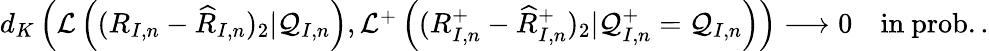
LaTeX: \begin{array}{r}{d_{K}\left(\mathcal{L}\left((R_{I,n}-\widehat{R}_{I,n})_{2}|\mathcal{Q}_{I,n}\right),\mathcal{L}^{+}\left((R_{I,n}^{+}-\widehat{R}_{I,n}^{+})_{2}|\mathcal{Q}_{I,n}^{+}=\mathcal{Q}_{I,n}\right)\right)\longrightarrow 0\quad\mathrm{in~prob..}}\end{array}